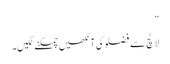
”
لالچ سے فضلو کی آنکھیں چمکنے لگیں۔